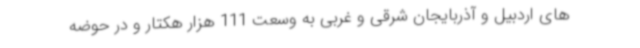
های اردبیل و آذربایجان شرقی و غربی به وسعت 111 هزار هکتار و در حوضه